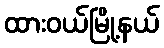
ထားဝယ်မြို့နယ်